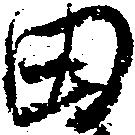
田